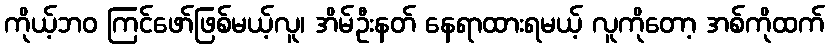
ကိုယ့်ဘဝ ကြင်ဖော်ဖြစ်မယ့်လူ၊ အိမ်ဦးနတ် နေရာထားရမယ့် လူကိုတော့ အစ်ကိုထက်